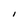
Character: I